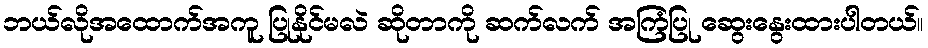
ဘယ်လိုအထောက်အကူ ပြုနိုင်မလဲ ဆိုတာကို ဆက်လက် အကြံပြု ဆွေးနွေးထားပါတယ်။